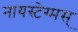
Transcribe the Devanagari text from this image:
नायस्‍टेग्‍मस्